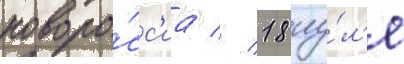
новоро́сс'иа // 18 иу́л'я